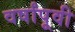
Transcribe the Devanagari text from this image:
वर्षांपूवी